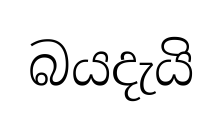
බයදැයි